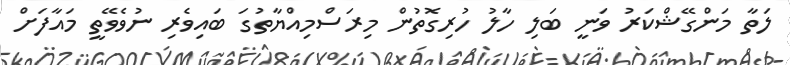
ލަތާ މަންގޭޝްކަރު ވަނީ ބަލި ހާލު ހުރިގޮތުން މިރަސްމިއްޔާތުގަ ބައިވެރި ނުވެވޭތީ މައާފަށް